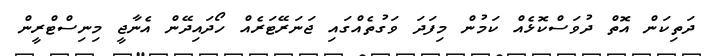
ދަތިކަން އޮތް ދުވަސްކޮޅެއް ކަމުން މިފަދަ ވަގުތެއްގައި ޖަނަރޭޓަރެއް ހޯދައިދޭން އެނާޖީ މިނިސްޓްރީން